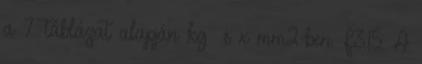
a 7. táblázat alapján kg s x mm2-ben. F3.15. A